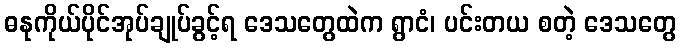
ဓနုကိုယ်ပိုင်အုပ်ချုပ်ခွင့်ရ ဒေသတွေထဲက ရွာငံ၊ ပင်းတယ စတဲ့ ဒေသတွေ